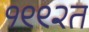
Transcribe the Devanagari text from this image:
१९९२त